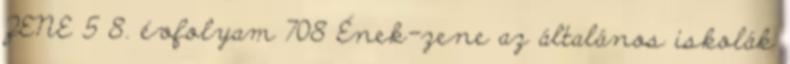
ZENE 5 8. évfolyam 708 Ének-zene az általános iskolák